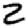
Digit: 2